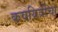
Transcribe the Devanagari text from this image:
कवयित्रींचा